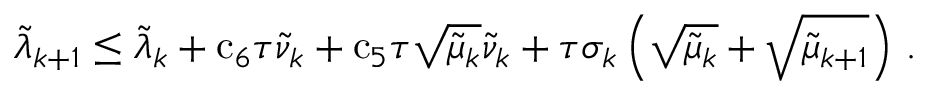
{ \tilde { \lambda } } _ { k + 1 } \leq { \tilde { \lambda } } _ { k } + { \mathrm { c } } _ { 6 } { \tau } { \tilde { \nu } } _ { k } + { \mathrm { c } } _ { 5 } { \tau } \sqrt { { \tilde { \mu } } _ { k } } { \tilde { \nu } } _ { k } + { \tau } { \sigma } _ { k } \left( \sqrt { { \tilde { \mu } } _ { k } } + \sqrt { { \tilde { \mu } } _ { k + 1 } } \right) \, .